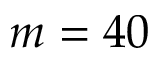
m = 4 0